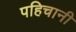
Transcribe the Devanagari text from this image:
पहिचानी